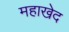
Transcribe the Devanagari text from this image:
महाखेद